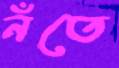
নঁতে